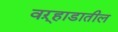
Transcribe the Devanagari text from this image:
वऱ्हाडातील